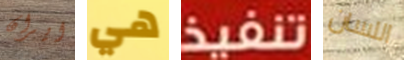
ايران هي تنفيذ اللسان